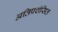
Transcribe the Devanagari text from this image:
अतिप्रशंसित